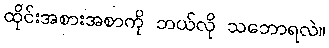
ထိုင်းအစားအစာကို ဘယ်လို သဘောရလဲ။